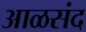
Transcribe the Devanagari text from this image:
आळसंद